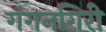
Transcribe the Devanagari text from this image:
गंगनगिरी